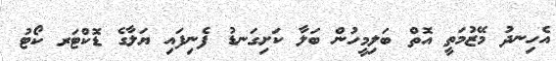
އެހިނދު މޭޒުމަތީ އޮތް ބަލިމީހުން ބަލާ ކަށިގަނޑު ފެނިފައި ޔަލާގެ ޑޮކްޓަރ ކޯޓު